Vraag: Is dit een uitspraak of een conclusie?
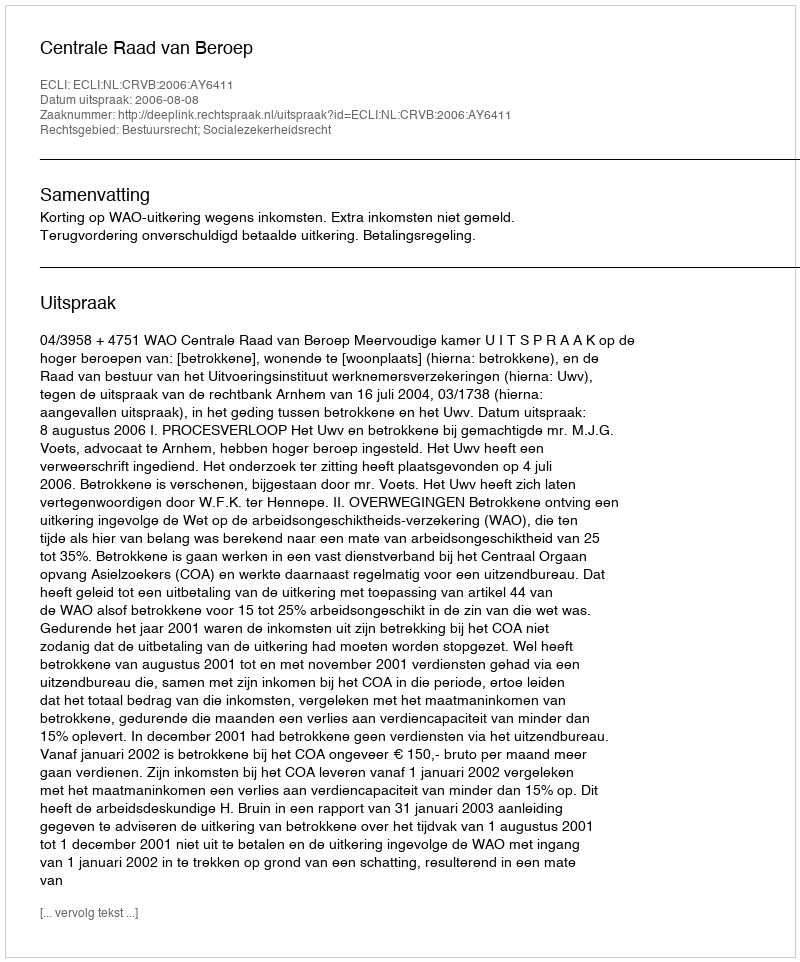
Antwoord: Uitspraak